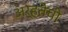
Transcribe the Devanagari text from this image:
अर्हतेची